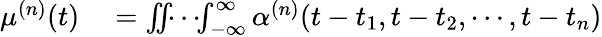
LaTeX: \begin{array}{rl}{\mu^{(n)}(t)}&{{}=\iint\! \! \cdots\! \! \int_{-\infty}^{\infty}\alpha^{(n)}(t-t_{1},t-t_{2},\cdots,t-t_{n})}\end{array}